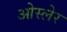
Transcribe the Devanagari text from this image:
ओस्लेर